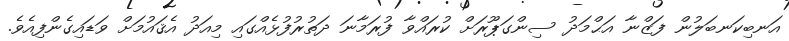
އަނބިކަނބަލުން ފަޒްނާ އަޙްމަދު ސިންގަޕޫރަށް ކުރައްވާ ފުރަމާނަ ދަތުރުފުޅެއްގައި މިއަދު އެޤައުމަށް ވަޑައިގެންފިއެވެ.